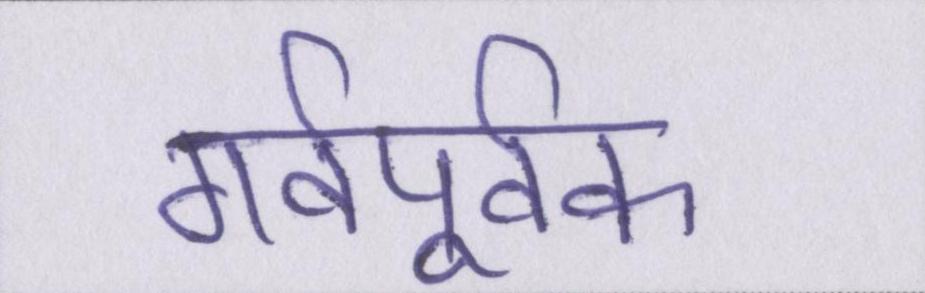
गर्वपूर्वक